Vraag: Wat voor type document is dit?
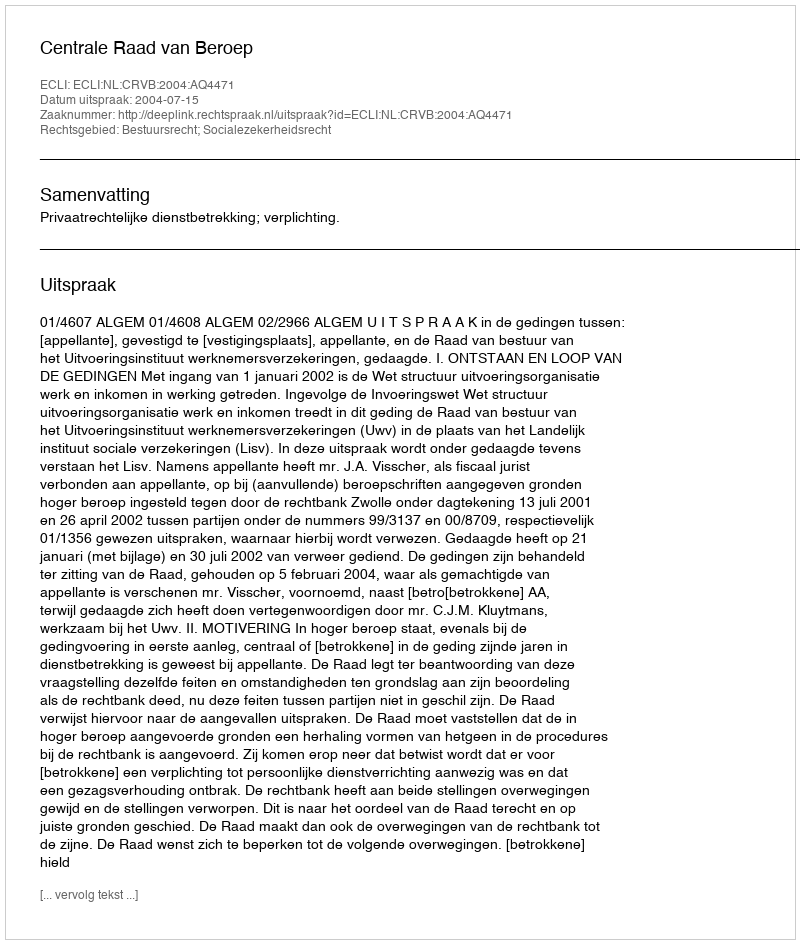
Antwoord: Uitspraak